Vaccine operations Central Provinces & Berar 1922-1929 - 1922-1929
Year: 1922
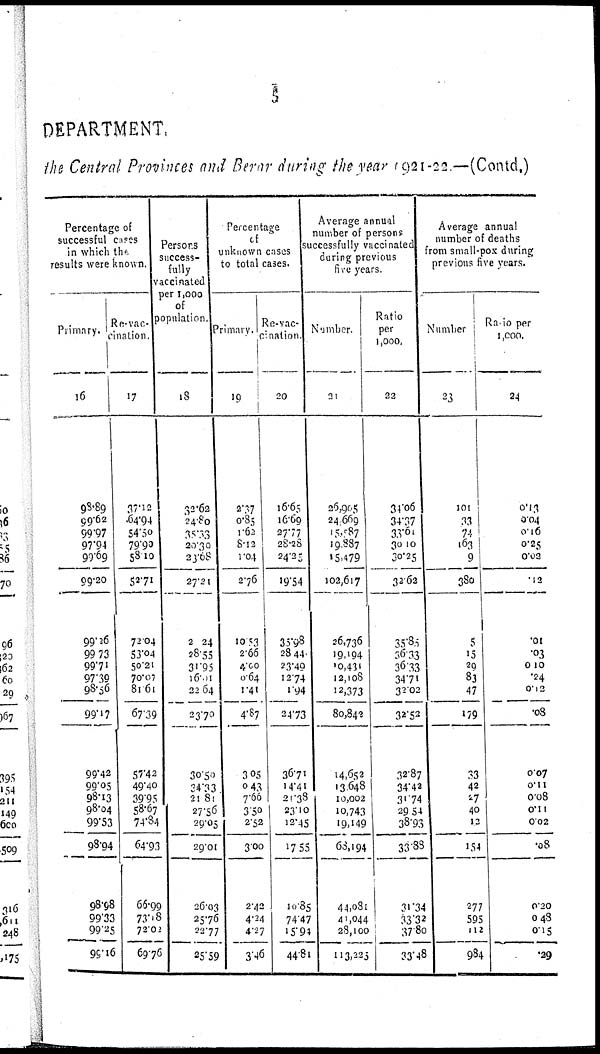
5
DEPARTMENT
the Central Provinces and Berar during the year 1921-22 —(Contd.)
Percentage of
successful cases
in which the
results were known.
Primary.
16
98.89
99.62
99.97
97.94
99.69
99.20
99.26
99.73
99.71
97.39
98.56
99.17
99.42
99.05
98.13
98.04
99.53
98.94
98.98
99.33
99.25
99.16
Re-vac-
cination
17
37.12
64.94
54.50
79.90
58.10
52.71
72.04
53.04
50.21
70.07
81.61
67.39
57.42
49.40
39.95
58.67
74.34
64.93
66.99
73.18
72.02
69.76
Persons
success¬
fully
vaccinated
per 1,000
of
population.
18
32.62
24.80
35.33
20.30
20.08
27.21
20.24
28.55
31.95
16.01
22.64
23.70
30.50
34.33
21.81
27.56
29.05
29.01
26.03
25.76
22.77
25.59
Percentage
of
unknown cases
to total cases.
Primary.
19
2.37
0.85
1.62
8.12
1.04
2.76
10.53
2.66
4.00
0.64
1.41
4.87
3.05
0.43
7.66
3.50
2.52
3.00
2.42
4.24
4.27
3.46
Re-vac¬
cination
20
16.65
16.69
27.77
28.28
24.25
19.54
35.98
28.44
23.49
12.74
1.94
24.73
36.71
14.41
21.38
23.10
12.45
17.55
10.85
74.47
15.94
44.81
Average annual
number of persons
successfully vaccinated
during previous
five years
Number
21
26,905
24,669
15,087
19,887
15,479
102,617
26,736
19,194
10,431
12,108
12,373
80,842
14,652
13,648
10,002
10,743
19,149
68,194
44,081
41,044
28,100
113,225
Ratio
per
1,000.
22
34.06
34.37
33.61
30.10
30.25
32.62
35.85
36.33
36.33
34.71
32.02
32.52
32.87
34.42
31.74
29.54
38.93
33.88
31.34
33.32
37.80
33.48
Average annual
number of deaths
from small-pox during
previous five years.
Number
23
101
33
74
163
9
380
5
15
29
83
47
179
33
42
27
40
12
154
277
595
112
984
Ratio per
1,000.
24
0.13
0.04
0.16
0.25
0.02
.12
.01
.03
0.10
.24
0.12
.08
0.07
0.11
0.08
0.11
0.02
.08
0.20
0.48
0.15
.29